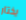
يختار